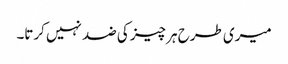
میری طرح ہر چیز کی ضد نہیں کرتا۔